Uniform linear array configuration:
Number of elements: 64
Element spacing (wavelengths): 0.75
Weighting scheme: kaiser
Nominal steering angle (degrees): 30
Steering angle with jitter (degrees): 28.386
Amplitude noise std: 0.05
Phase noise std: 0.05

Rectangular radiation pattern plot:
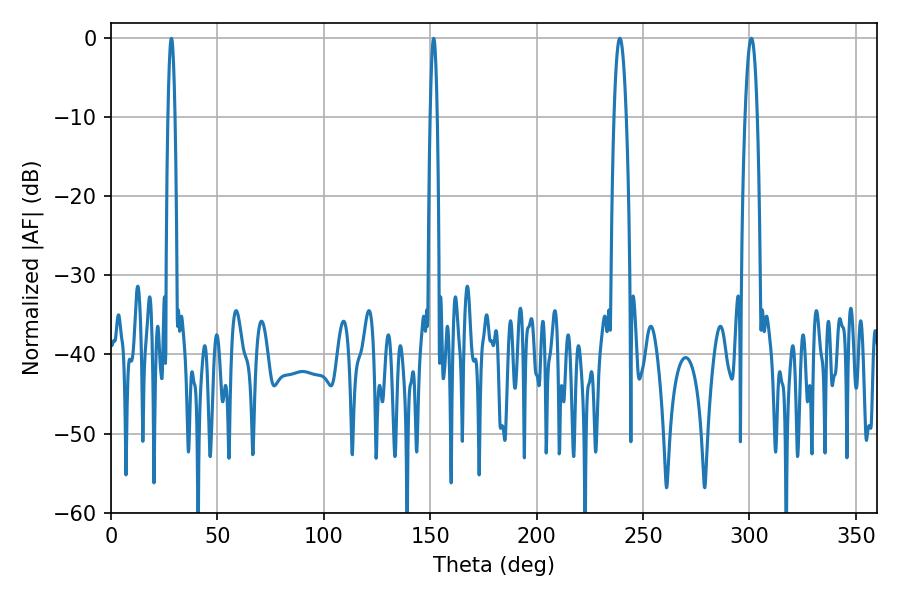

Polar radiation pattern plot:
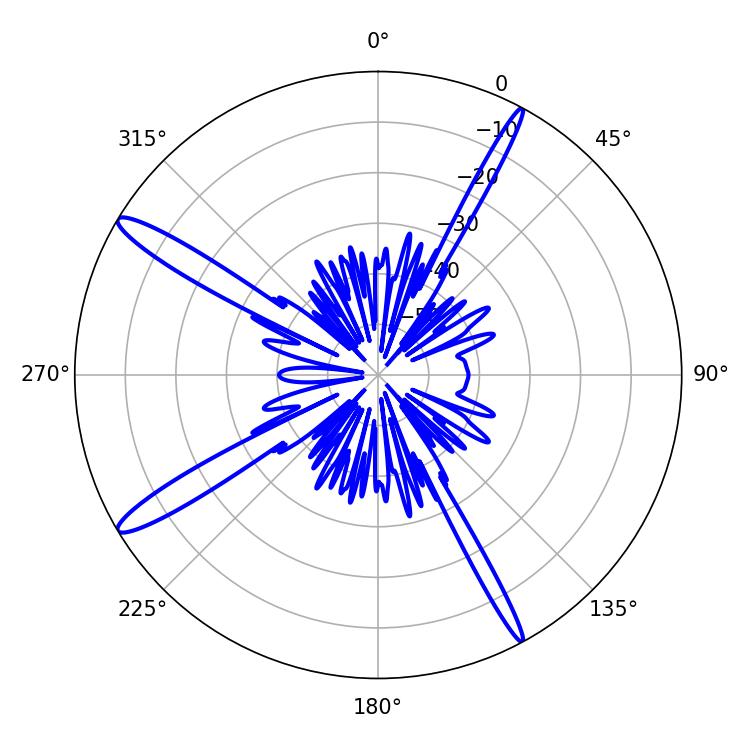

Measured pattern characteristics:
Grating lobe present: TRUE
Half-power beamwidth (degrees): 3.06
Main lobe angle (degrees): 300.96